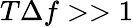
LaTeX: T\Delta f>>1